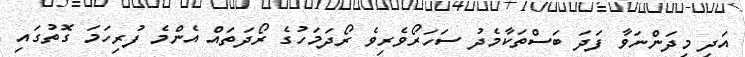
އަދި މިދަންނަވާ ފަދަ ބަސްތަކާމެދު ސަހަރޯވެރިވެ ރޯދަމަހުގެ ރޯދަތައް އެންމެ ފުރިހަމަ ގޮތުގައި